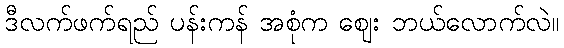
ဒီလက်ဖက်ရည် ပန်းကန် အစုံက ဈေး ဘယ်လောက်လဲ။